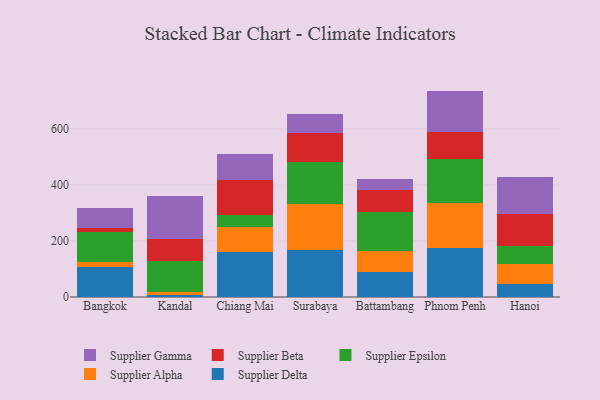
{"axis": {"x": "City", "y": "Demand Index"}, "legend": ["Supplier Alpha", "Supplier Beta", "Supplier Delta", "Supplier Epsilon", "Supplier Gamma"], "data": [{"x": "Bangkok", "y": 107.7, "type": "Supplier Delta"}, {"x": "Bangkok", "y": 16.1, "type": "Supplier Alpha"}, {"x": "Bangkok", "y": 109.1, "type": "Supplier Epsilon"}, {"x": "Bangkok", "y": 13.0, "type": "Supplier Beta"}, {"x": "Bangkok", "y": 71.3, "type": "Supplier Gamma"}, {"x": "Kandal", "y": 5.8, "type": "Supplier Delta"}, {"x": "Kandal", "y": 12.4, "type": "Supplier Alpha"}, {"x": "Kandal", "y": 111.5, "type": "Supplier Epsilon"}, {"x": "Kandal", "y": 78.8, "type": "Supplier Beta"}, {"x": "Kandal", "y": 150.9, "type": "Supplier Gamma"}, {"x": "Chiang Mai", "y": 160.7, "type": "Supplier Delta"}, {"x": "Chiang Mai", "y": 90.6, "type": "Supplier Alpha"}, {"x": "Chiang Mai", "y": 40.1, "type": "Supplier Epsilon"}, {"x": "Chiang Mai", "y": 125.1, "type": "Supplier Beta"}, {"x": "Chiang Mai", "y": 92.6, "type": "Supplier Gamma"}, {"x": "Surabaya", "y": 167.3, "type": "Supplier Delta"}, {"x": "Surabaya", "y": 165.5, "type": "Supplier Alpha"}, {"x": "Surabaya", "y": 149.0, "type": "Supplier Epsilon"}, {"x": "Surabaya", "y": 103.1, "type": "Supplier Beta"}, {"x": "Surabaya", "y": 68.7, "type": "Supplier Gamma"}, {"x": "Battambang", "y": 88.5, "type": "Supplier Delta"}, {"x": "Battambang", "y": 75.1, "type": "Supplier Alpha"}, {"x": "Battambang", "y": 138.2, "type": "Supplier Epsilon"}, {"x": "Battambang", "y": 79.8, "type": "Supplier Beta"}, {"x": "Battambang", "y": 39.6, "type": "Supplier Gamma"}, {"x": "Phnom Penh", "y": 173.2, "type": "Supplier Delta"}, {"x": "Phnom Penh", "y": 163.4, "type": "Supplier Alpha"}, {"x": "Phnom Penh", "y": 156.7, "type": "Supplier Epsilon"}, {"x": "Phnom Penh", "y": 95.6, "type": "Supplier Beta"}, {"x": "Phnom Penh", "y": 147.0, "type": "Supplier Gamma"}, {"x": "Hanoi", "y": 46.0, "type": "Supplier Delta"}, {"x": "Hanoi", "y": 72.6, "type": "Supplier Alpha"}, {"x": "Hanoi", "y": 62.2, "type": "Supplier Epsilon"}, {"x": "Hanoi", "y": 115.8, "type": "Supplier Beta"}, {"x": "Hanoi", "y": 130.8, "type": "Supplier Gamma"}]}